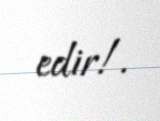
edir!.